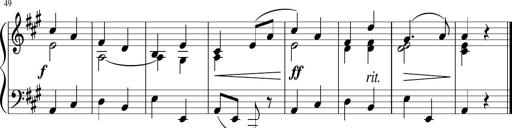
Title: 4 Sonatinas
Composer: Jacob Schmitt